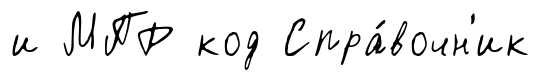
и МПР код Спра́вочн'ик